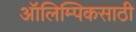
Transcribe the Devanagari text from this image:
ऑलिम्पिकसाठी